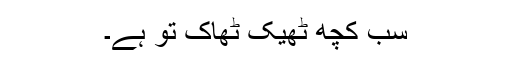
سب کچھ ٹھیک ٹھاک تو ہے۔